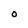
Character: O